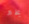
بخير